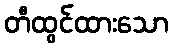
တီထွင်ထားသော